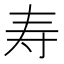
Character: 寿